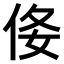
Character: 𠈍